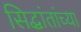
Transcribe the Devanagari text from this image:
सिद्धांतांच्या